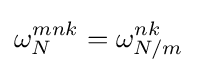
\omega _{N}^{mnk}=\omega _{N/m}^{nk}